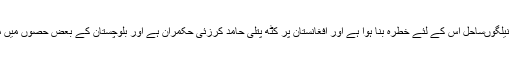
بلوچستان کا900کلومیٹر نیلگوںساحل اس کے لئے خطرہ بنا ہوا ہے اور افغانستان پر کٹھ پتلی حامد کرزئی حکمران ہے اور بلوچستان کے بعض حصوں میں مسلح جدوجہد ہورہی ہے۔